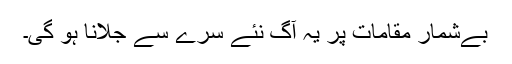
بےشمار مقامات پر یہ آگ نئے سرے سے جلانا ہو گی۔